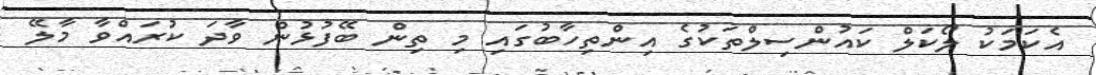
އެކަމަކު ލޯކަލް ކައުންސިލްތަކުގެ އިންތިހާބުގައި މި ތިން ބޭފުޅުން ވާދަ ކުރައްވާ މާލޭ